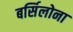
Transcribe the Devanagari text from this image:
बर्सिलोना